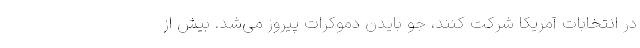
در انتخابات آمریکا شرکت کنند، جو بایدن دموکرات پیروز می‌شد. بیش از